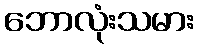
ဘောလုံးသမား